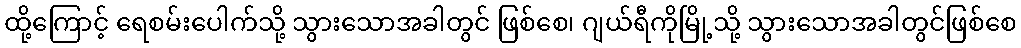
ထို့ကြောင့် ရေစမ်းပေါက်သို့ သွားသောအခါတွင် ဖြစ်စေ၊ ဂျယ်ရီကိုမြို့သို့ သွားသောအခါတွင်ဖြစ်စေ